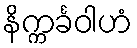
နိက္ကင်္ခဝါဟံ